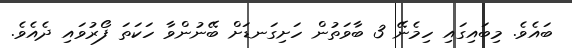
ބައެވެ. މިބައިގައި ހިމެނޭ 3 ބާވަތުން ހަށިގަނޑަށް ބޭނުންވާ ހަކަތަ ފޯރުވައި ދެއެވެ.